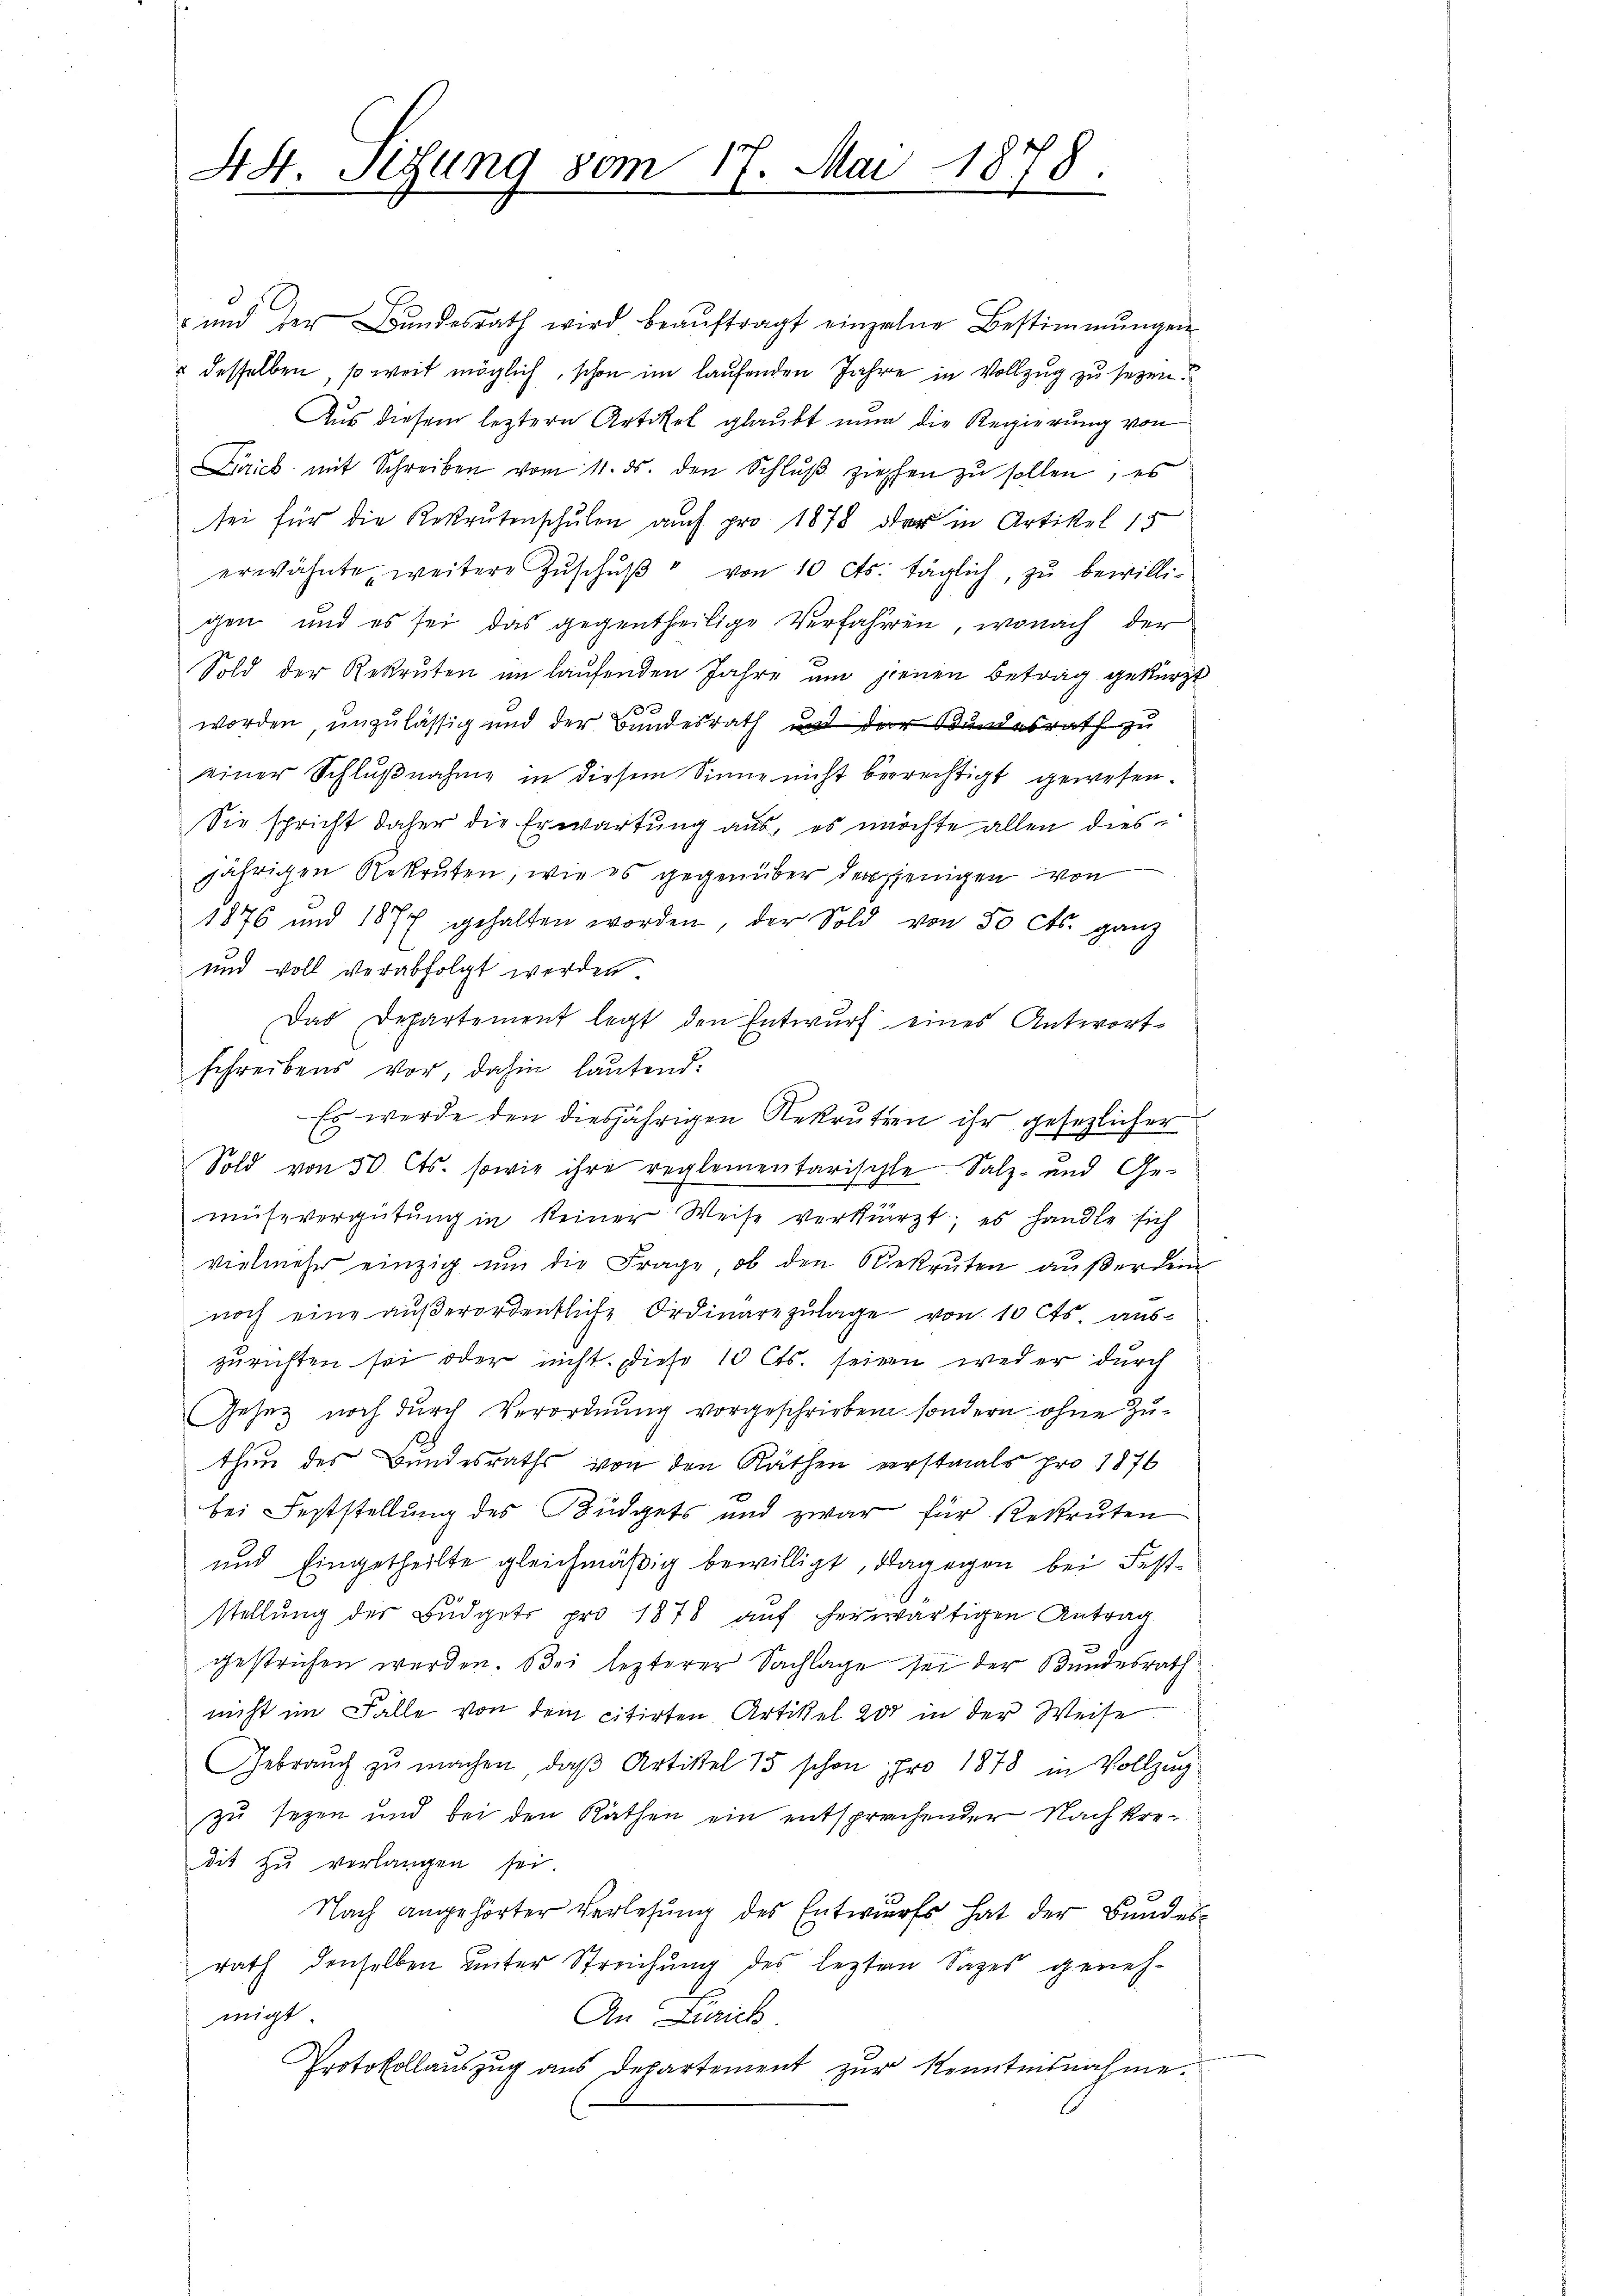
48. Setzung vom 17. Mai 1878
F

und der Bundesrath wird beaŭftragt einzelne Bestimmungen
& desselben, so weit möglich, schon im laufenden Jahre in Vollzug zu sezen.
Aus diesem leztern Artikel glaubt nun die Regierung von
Lirick mit Schreiben vom 11. ds. den Schlŭβ ziehen zu sollen, es
tei für die Rekrutenschulen auch pro 1878 der in Artikel 15
erwähnte, weitere Zŭschŭβ " von 10 cts. täglich, zŭ bewilli-
gen und es sei das gegentheilige Verfahren, wonach der
Sold der Rekruten im laufenden Jahre um jenen Betrag gekürzt
1
worden, unzulässig und der Bundesrath und der Bundesrath zu
einer Schlŭβnahme in diesem Sinne nicht berechtigt gewesen.
Sie spricht daher die Erwartung aus, es möchte allen diesjährigen Rekruten, wie es gegenüber desjenigen von
1876 und 1877 gehalten worden, der Sold von 50 cts. ganz
und voll verabfolgt werden
Das Departement legt den Entwurf eines Antwort-
schreibens vor, dahin lautend:
Es werde den diesjährigen Rekruten ihr gesezlicher
Sold von 50 Cts. sowie ihre reglementarischte. Salz- und Gemüsevergütung in keiner Weise verkürzt; es handle sich
vielmehr einzig ŭm die Frage, ob den Obekruten aŭβer dem
noch eine aŭβerordentliche Ordinarezŭlage von 10 Cts. aus-
zurichten sei oder nicht. Diese 10 Cts. seinen weder durch
Gesetz noch durch Verordnung vorgeschrieben sondern ohne Zu¬
2
thun des Bundesraths von den Räthen verstmals pro 1876
bei Feststellung des Büdgets und zwar für Rekruten
und Eingetheilte gleichmäßig bewilligt, dagegen bei Feststellŭng des Büdgets pro 1878 auf herwärtigen Antrag
gestrichen werden. Bei lezterer Sachlage sei der Bundesrath
nicht im Falle von dem citirten Artikel 200 in der Weise
Gebraŭch zŭ machen, daβ Artikel 15 schon pro 1878 in Vollzug
zu sezen und bei den Räthen ein entsprachender Nachkre-
dit zu verlangen sei.
Nach angehörter Verlesung des Entwurfs hat der Bundesrath denselben unter Streichung des lezten Sages geneh-
migt
An Zürich.
Protokollauszug aus Departement zur Kenntnisnahme.